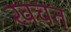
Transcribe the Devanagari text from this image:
खचत